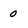
Character: O